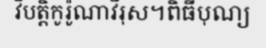
វិបត្តិកូរ៉ូណាវីរុស។ពិធីបុណ្យ